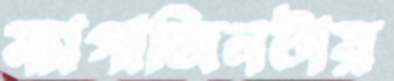
ম্যাগাজিনটায়